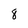
Character: 8